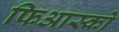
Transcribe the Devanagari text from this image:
फिआस्को